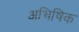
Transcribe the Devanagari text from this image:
अभिषिक